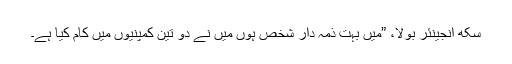
سکھ انجینئر بولا، ”میں بہت ذمہ دار شخص ہوں میں نے دو تین کمپنیوں میں کام کیا ہے۔